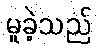
မူခဲ့သည်